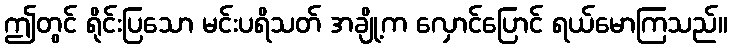
ဤတွင် ရိုင်းပြသော မင်းပရိသတ် အချို့က လှောင်ပြောင် ရယ်မောကြသည်။